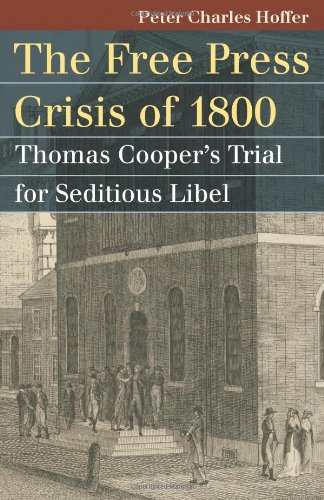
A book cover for The Free Press Crisis of 1800: Thomas Cooper's Trial for Seditious Libel (Landmark Law Cases and American Society); Peter Charles Hoffer; Law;